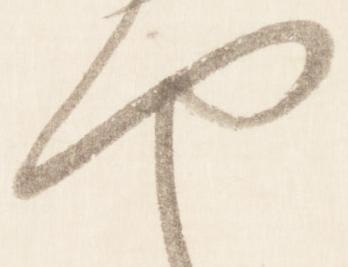
や